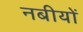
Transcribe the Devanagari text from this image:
नबीयों